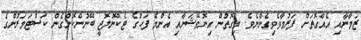
ޒަމާނާއި އެއްގޮތަށް ފަރުމާވެވިގެންނެވެ. މިގޮތުން އިނޮވޭޝަނާއި އެންމެ ފަހުގެ ޓެކްނޮލޮޖީ ބޭނުންކޮށްގެން ކަސްޓަމަރުންގެ